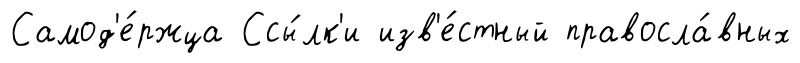
Самод'е́ржца Ссы́лк'и изв'е́стный правосла́вных